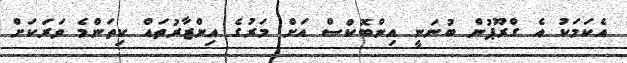
އެކަމަކު އެ ގްރޫޕުން ބުނަނީ އިންބޮކްސް އަށް މަރުގެ އިންޒާރުތައް ކިތަންމެ ވަރަކަށް